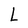
Character: L